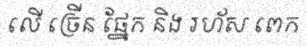
លើ ច្រើន ផ្នែក និង រហ័ស ពេក